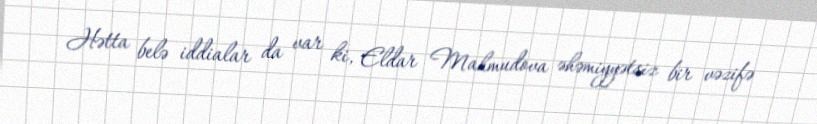
Hətta belə iddialar da var ki, Eldar Mahmudova əhəmiyyətsiz bir vəzifə